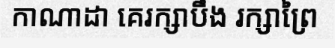
កាណាដា គេរក្សាបឹង រក្សាព្រៃ